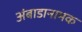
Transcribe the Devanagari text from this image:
अंबाडानामक